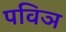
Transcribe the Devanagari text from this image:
पविञ